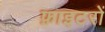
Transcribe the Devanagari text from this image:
फ़ाइटरों